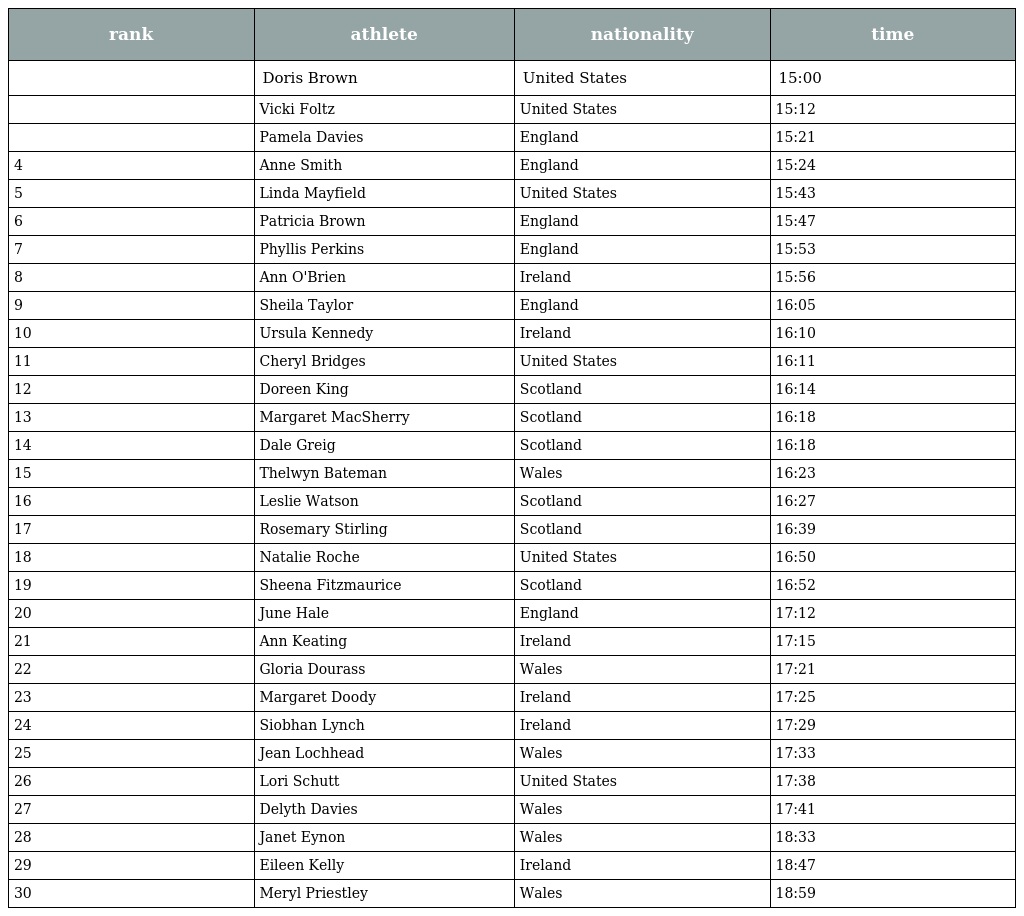
| rank | athlete | nationality | time |
 | --- | --- | --- | --- |
 |  | Doris Brown | United States | 15:00 |
 |  | Vicki Foltz | United States | 15:12 |
 |  | Pamela Davies | England | 15:21 |
 | 4 | Anne Smith | England | 15:24 |
 | 5 | Linda Mayfield | United States | 15:43 |
 | 6 | Patricia Brown | England | 15:47 |
 | 7 | Phyllis Perkins | England | 15:53 |
 | 8 | Ann O'Brien | Ireland | 15:56 |
 | 9 | Sheila Taylor | England | 16:05 |
 | 10 | Ursula Kennedy | Ireland | 16:10 |
 | 11 | Cheryl Bridges | United States | 16:11 |
 | 12 | Doreen King | Scotland | 16:14 |
 | 13 | Margaret MacSherry | Scotland | 16:18 |
 | 14 | Dale Greig | Scotland | 16:18 |
 | 15 | Thelwyn Bateman | Wales | 16:23 |
 | 16 | Leslie Watson | Scotland | 16:27 |
 | 17 | Rosemary Stirling | Scotland | 16:39 |
 | 18 | Natalie Roche | United States | 16:50 |
 | 19 | Sheena Fitzmaurice | Scotland | 16:52 |
 | 20 | June Hale | England | 17:12 |
 | 21 | Ann Keating | Ireland | 17:15 |
 | 22 | Gloria Dourass | Wales | 17:21 |
 | 23 | Margaret Doody | Ireland | 17:25 |
 | 24 | Siobhan Lynch | Ireland | 17:29 |
 | 25 | Jean Lochhead | Wales | 17:33 |
 | 26 | Lori Schutt | United States | 17:38 |
 | 27 | Delyth Davies | Wales | 17:41 |
 | 28 | Janet Eynon | Wales | 18:33 |
 | 29 | Eileen Kelly | Ireland | 18:47 |
 | 30 | Meryl Priestley | Wales | 18:59 |